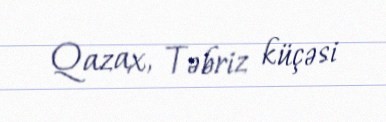
Qazax, Təbriz küçəsi